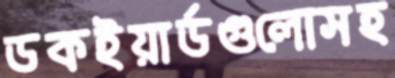
ডকইয়ার্ডগুলোসহ